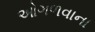
ઓગળવાના